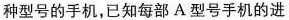
种型号的手机，已知每部A型号手机的进